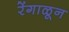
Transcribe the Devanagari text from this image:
रेंगाळून